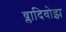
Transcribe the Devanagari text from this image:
व्लादिवोझ